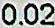
0.02